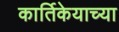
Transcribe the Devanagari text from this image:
कार्तिकेयाच्या